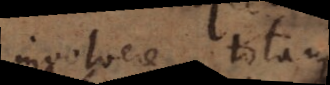
involvere totam